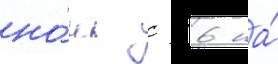
но́чь с 6 на́